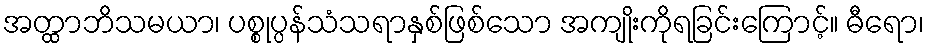
အတ္ထာဘိသမယာ၊ ပစ္စုပ္ပန်သံသရာနှစ်ဖြစ်သော အကျိုးကိုရခြင်းကြောင့်။ ဓီရော၊